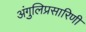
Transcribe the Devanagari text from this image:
अंगुलिप्रसारिणी